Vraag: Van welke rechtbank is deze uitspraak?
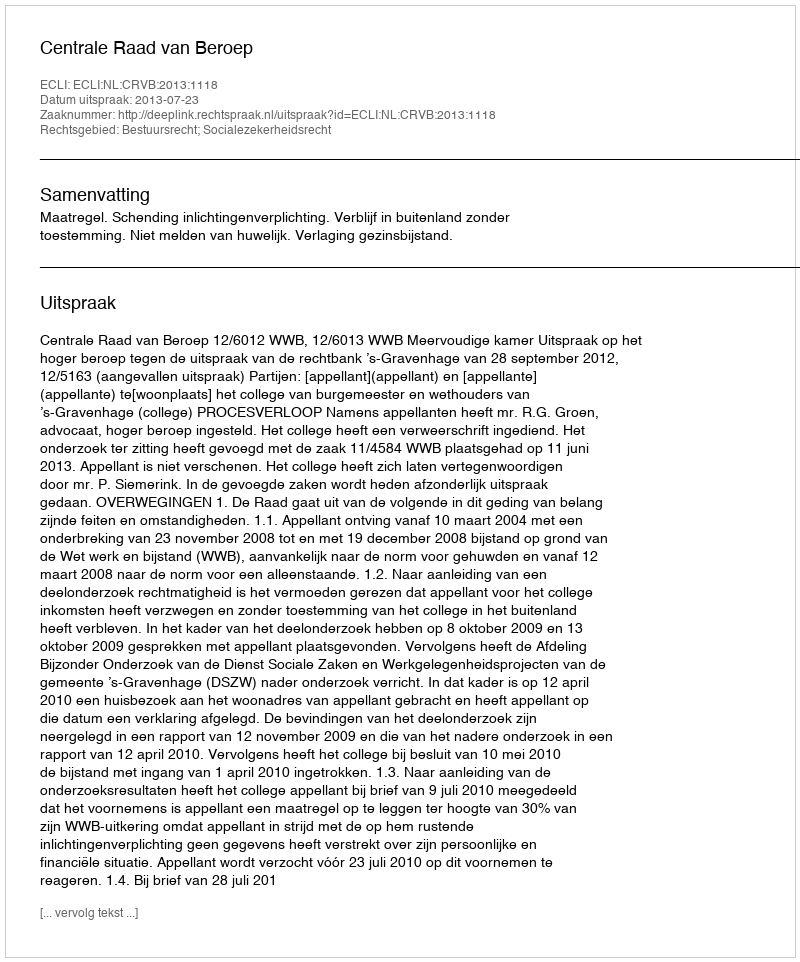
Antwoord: Centrale Raad van Beroep